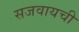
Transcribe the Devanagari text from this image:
सजवायची